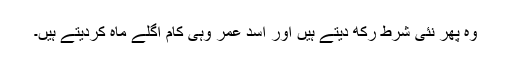
وہ پھر نئی شرط رکھ دیتے ہیں اور اسد عمر وہی کام اگلے ماہ کردیتے ہیں۔